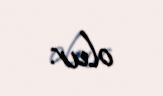
olur.